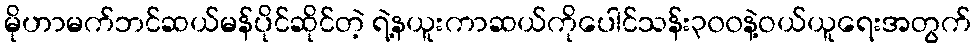
မိုဟာမက်ဘင်ဆယ်မန်ပိုင်ဆိုင်တဲ့ ရဲ့နယူးကာဆယ်ကိုပေါင်သန်း၃၀၀နဲ့ဝယ်ယူရေးအတွက်